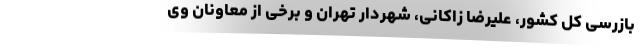
بازرسی کل کشور، علیرضا زاکانی، شهردار تهران و برخی از معاونان وی